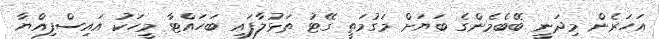
އަހަރެން މިދަނީ ބޭބެމެންގެ ބަޔަށް މަގުމަތީ ގޭޓު ތަޅުލާފައި ބަހައްޓާ މީހަކު އައިސްފިއްޔާ